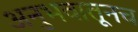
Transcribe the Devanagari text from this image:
अनुभवातूनच